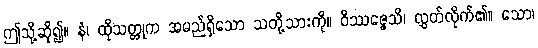
ဤသို့ဆို၍။ နံ၊ ထိုသတ္တုက အမည်ရှိသော သတို့သားကို။ ဝိဿဇ္ဇေသိ၊ လွှတ်လိုက်၏။ သော၊